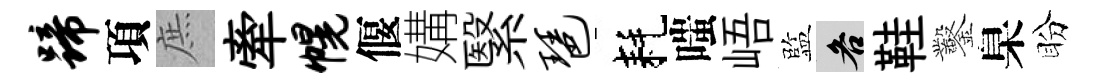
蹄項庶牽幌偃媾繄琶耗嗤峿監各鞋鑿臬盼